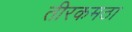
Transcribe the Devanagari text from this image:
तीरकमठा